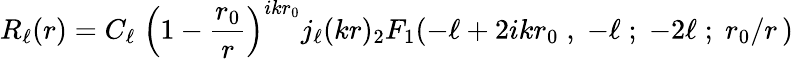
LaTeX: R_{\ell}(r)=C_{\ell}\; \left(1-{\frac{r_{0}}{r}}\right)^{ikr_{0}}j_{\ell}(kr){}_{2}F_{1}(-\ell+2ikr_{0}\; ,\; -\ell\; ;\; -2\ell\; ;\; r_{0}/r\, )